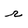
Character: r